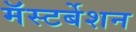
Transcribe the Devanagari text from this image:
मॅस्टर्बेशन